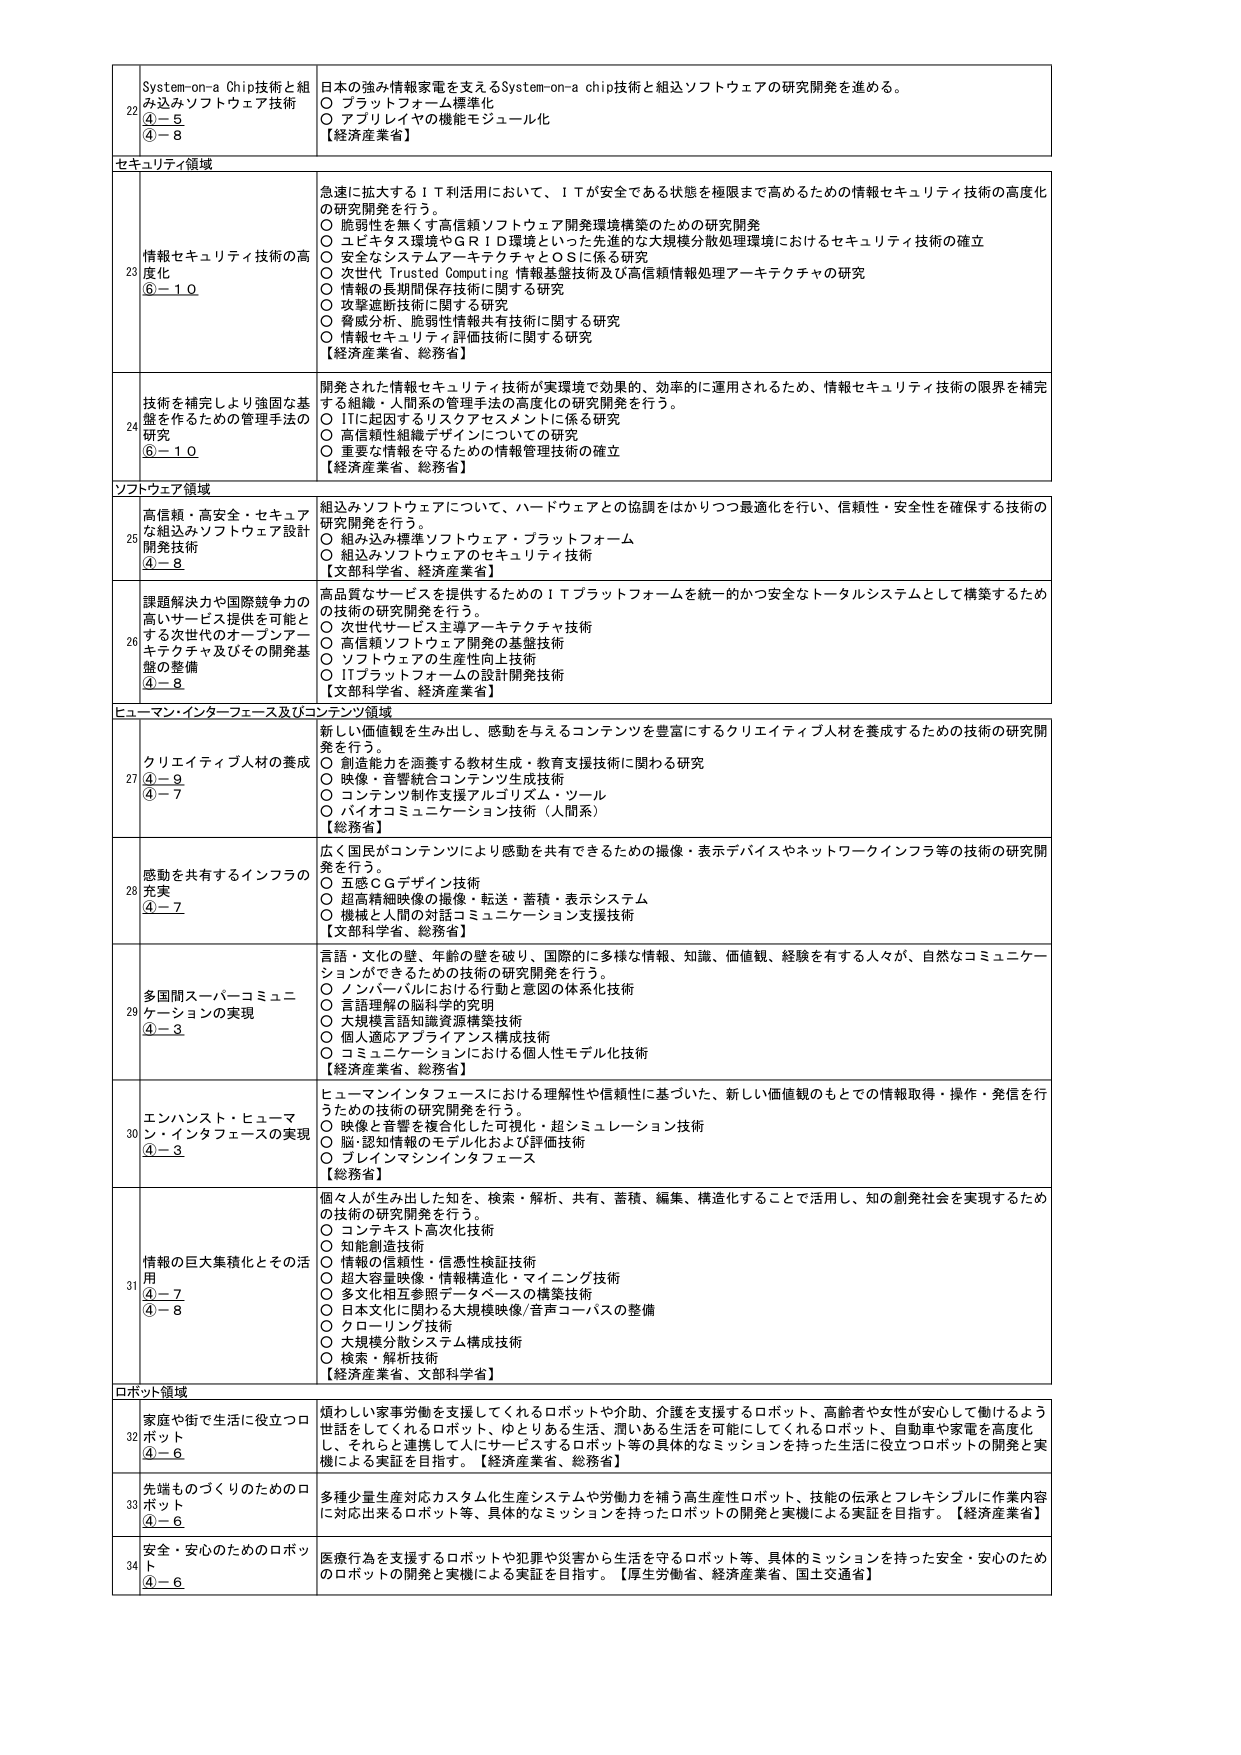
22 System-on-a Chip技術と組み込みソフトウェア技術 ④－５ ④－８ 日本の強み情報家電を支えるSystem-on-a chip技術と組込ソフトウェアの研究開発を進める。 ○ プラットフォーム標準化 ○ アプリレイヤの機能モジュール化 【経済産業省】

セキュリティ領域

23 情報セキュリティ技術の高度化 ⑥－１０ 急速に拡大するＩＴ利活用において、ＩＴが安全である状態を極限まで高めるための情報セキュリティ技術の高度化の研究開発を行う。 ○ 脆弱性を無くす高信頼ソフトウェア開発環境構築のための研究開発 ○ ユビキタス環境やＧＲＩＤ環境といった先進的な大規模分散処理環境におけるセキュリティ技術の確立 ○ 安全なシステムアーキテクチャとＯＳに係る研究 ○ 次世代 Trusted Computing 情報基盤技術及び高信頼情報処理アーキテクチャの研究 ○ 情報の長期間保存技術に関する研究 ○ 攻撃遮断技術に関する研究 ○ 脅威分析、脆弱性情報共有技術に関する研究 ○ 情報セキュリティ評価技術に関する研究 【経済産業省、総務省】

24 技術を補完しより強固な基盤を作るための管理手法の開発 ⑥－１０ 開発された情報セキュリティ技術が実環境で効果的、効率的に運用されるため、情報セキュリティ技術の限界を補完する組織・人間系の管理手法の高度化の研究開発を行う。 ○ ITに起因するリスクアセスメントに係る研究 ○ 高信頼性組織デザインについての研究 ○ 重要な情報を守るための情報管理技術の確立 【経済産業省、総務省】

ソフトウェア領域

25 高信頼・高安全・セキュアな組み込みソフトウェア設計開発技術 ④－８ 組込みソフトウェアについて、ハードウェアとの協調をはかりつつ最適化を行い、信頼性・安全性を確保する技術の研究開発を行う。 ○ 組み込み標準ソフトウェア・プラットフォーム ○ 組込みソフトウェアのセキュリティ技術 【文部科学省、経済産業省】

26 課題解決力や国際競争力の高いサービス提供を可能とする次世代のオープンアーキテクチャ及びその開発基盤の整備 ④－８ 高品質なサービスを提供するためのＩＴプラットフォームを統一的かつ安全なトータルシステムとして構築するための技術の研究開発を行う。 ○ 次世代サービス主導アーキテクチャ技術 ○ 高信頼ソフトウェア開発の基盤技術 ○ ソフトウェアの生産性向上技術 ○ ITプラットフォームの設計開発技術 【文部科学省、経済産業省】

ヒューマン・インターフェース及びコンテンツ領域

27 クリエイティブ人材の養成 ④－９ ④－７ 新しい価値観を生み出し、感動を与えるコンテンツを豊富にするクリエイティブ人材を養成するための技術の研究開発を行う。 ○ 創造能力を涵養する教材生成・教育支援技術に関わる研究 ○ 映像・音響統合コンテンツ生成技術 ○ コンテンツ制作支援アルゴリズム・ツール ○ バイオコミュニケーション技術（人間系） 【総務省】

28 感動を共有するインフラの充実 ④－７ 広く国民がコンテンツにより感動を共有できるための撮像・表示デバイスやネットワークインフラ等の技術の研究開発を行う。 ○ 五感ＣＧデザイン技術 ○ 超高精細映像の撮像・転送・蓄積・表示システム ○ 機械と人間の対話コミュニケーション支援技術 【文部科学省、総務省】

29 多国間スーパーコミュニケーションの実現 ④－３ 言語・文化の壁、年齢の壁を破り、国際的に多様な情報、知識、価値観、経験を有する人々が、自然なコミュニケーションができるための技術の研究開発を行う。 ○ インターバルにおける行動と意図の体系化技術 ○ 言語理解の脳科学的究明 ○ 大規模言語知識資源構築技術 ○ 個人適応アプリケーション構成技術 ○ コミュニケーションにおける個人性モデル化技術 【経済産業省、総務省】

30 エンハンスト・ヒューマン・インタフェースの実現 ④－３ ヒューマンインタフェースにおける理解性や信頼性に基づいた、新しい価値観のもとでの情報取得・操作・発信を行うための技術の研究開発を行う。 ○ 映像と音響を複合化した可視化・超シミュレーション技術 ○ 脳・認知情報のモデル化および評価技術 ○ ブレインマシンインタフェース 【総務省】

31 情報の巨大集積化とその活用 ④－７ ④－８ 個々人が生み出した知を、検索・解析、共有、蓄積、編集、構造化することで活用し、知の創発社会を実現するための技術の研究開発を行う。 ○ コンテキスト高次化技術 ○ 知能創造技術 ○ 情報の信頼性・信憑性検証技術 ○ 超大容量映像・情報構造化・マイニング技術 ○ 多文化相互参照データベースの構築技術 ○ 日本文化に関わる大規模映像/音声コーパスの整備 ○ クローリング技術 ○ 大規模分散システム構成技術 ○ 検索・解析技術 【経済産業省、文部科学省】

ロボット領域

32 家庭や街で生活に役立つロボット ④－６ 預わしい家事労働を支援してくれるロボットや介助、介護を支援するロボット、高齢者や女性が安心して働けるよう世話をしてくれるロボット、ゆとりある生活、潤いある生活を可能にしてくれるロボット、自動車や家電を高度化し、それらと連携して人にサービスするロボット等の具体的なミッションを持った生活に役立つロボットの開発と実機による実証を目指す。【経済産業省、総務省】

33 先端ものづくりのためのロボット ④－６ 多種少量生産対応カスタム化生産システムや労働力を補う高生産性ロボット、技能の伝承とフレキシブルに作業内容に対応出来るロボット等、具体的なミッションを持ったロボットの開発と実機による実証を目指す。【経済産業省】

34 安全・安心のためのロボット ④－６ 医療行為を支援するロボットや犯罪や災害から生活を守るロボット等、具体的ミッションを持った安全・安心のためのロボットの開発と実機による実証を目指す。【厚生労働省、経済産業省、国土交通省】